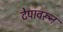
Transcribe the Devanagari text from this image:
टेपावरून